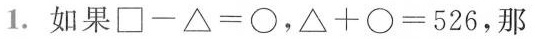
1.如果□-△=○， △+○=526，那